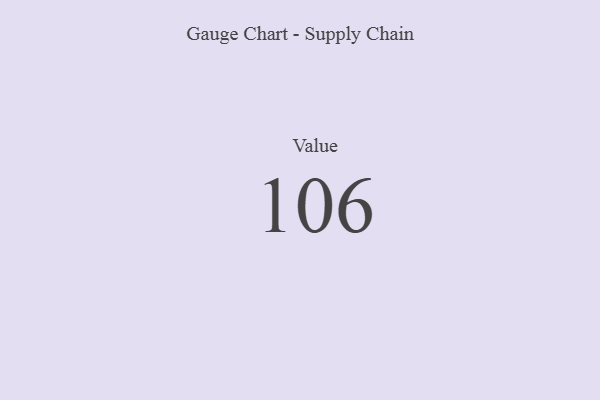
{"axis": {"x": "Metric", "y": "Value"}, "legend": [""], "data": [{"x": "Value", "y": 106, "type": ""}]}